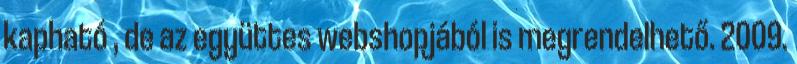
kapható , de az együttes webshopjából is megrendelhető. 2009.